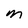
Character: M